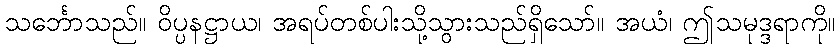
သင်္ဘောသည်။ ဝိပ္ပနဋ္ဌာယ၊ အရပ်တစ်ပါးသို့သွားသည်ရှိသော်။ အယံ၊ ဤသမုဒ္ဒရာကို။